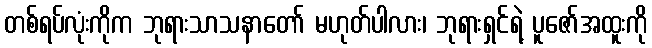
တစ်ရပ်လုံးကိုက ဘုရားသာသနာတော် မဟုတ်ပါလား၊ ဘုရားရှင်ရဲ့ ပူဇော်အထူးကို